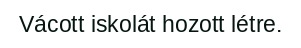
Vácott iskolát hozott létre.